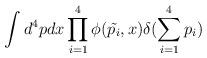
LaTeX: \begin{align*}\int d^{4}pdx \prod_{i=1}^4 \phi(\tilde{p_i},x)\delta(\sum_{i=1}^{4}p_{i})\end{align*}